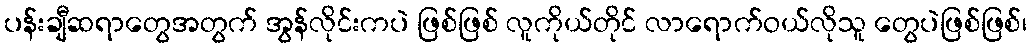
ပန်းချီဆရာတွေအတွက် အွန်လိုင်းကပဲ ဖြစ်ဖြစ် လူကိုယ်တိုင် လာရောက်ဝယ်လိုသူ တွေပဲဖြစ်ဖြစ်၊